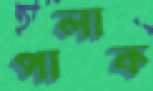
পালাক